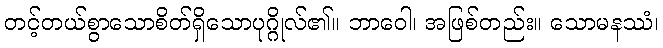
တင့်တယ်စွာသောစိတ်ရှိသောပုဂ္ဂိုလ်၏။ ဘာဝေါ၊ အဖြစ်တည်း။ သောမနဿံ၊